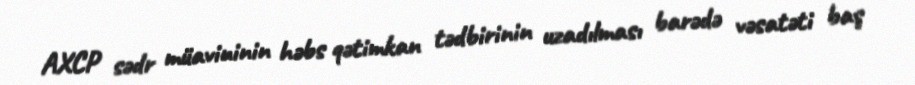
AXCP sədr müavininin həbs qətimkan tədbirinin uzadılması barədə vəsatəti baş